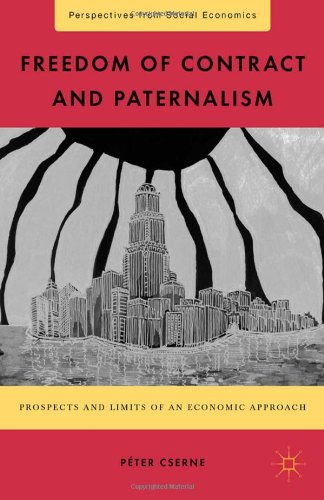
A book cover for Freedom of Contract and Paternalism: Prospects and Limits of an Economic Approach (Perspectives from Social Economics); PÃ©ter Cserne; Parenting & Relationships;